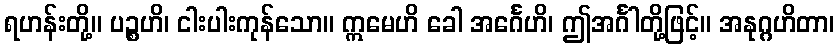
ရဟန်းတို့။ ပဉ္စဟိ၊ ငါးပါးကုန်သော။ ဣမေဟိ ခေါ အင်္ဂေဟိ၊ ဤအင်္ဂါတို့ဖြင့်။ အနုဂ္ဂဟိတာ၊